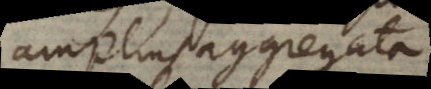
amplius aggregata.